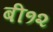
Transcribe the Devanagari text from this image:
बी१२